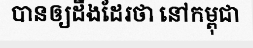
បានឲ្យដឹងដែរថា នៅកម្ពុជា